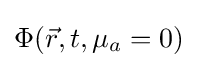
\Phi ({\vec {r}},t,\mu _{a}=0)